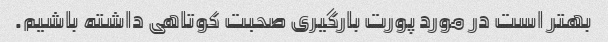
بهتر است در مورد پورت بارگیری صحبت کوتاهی داشته باشیم.